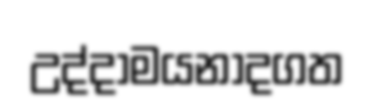
උද්දාමයනාදගත